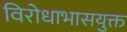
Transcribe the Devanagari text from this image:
विरोधाभासयुक्त